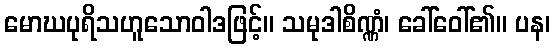
မောဃပုရိသဟူသောဝါဒဖြင့်။ သမုဒါစိဏ္ဏံ၊ ခေါ်ဝေါ်၏။ ပန၊